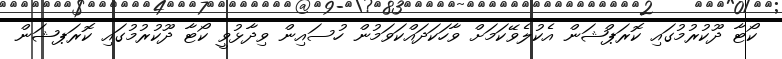
ކޯޓާ ދޫކުރުމުގައި ކޮރަޕްޝަން އެކުލެވޭކަމަށް ވާހަކަދައްކަވަމުން ހުސައިން ވިދާޅުވީ ކޯޓާ ދޫކުރުމުގައި ކޮރަޕޝަން